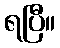
ရပြီ။